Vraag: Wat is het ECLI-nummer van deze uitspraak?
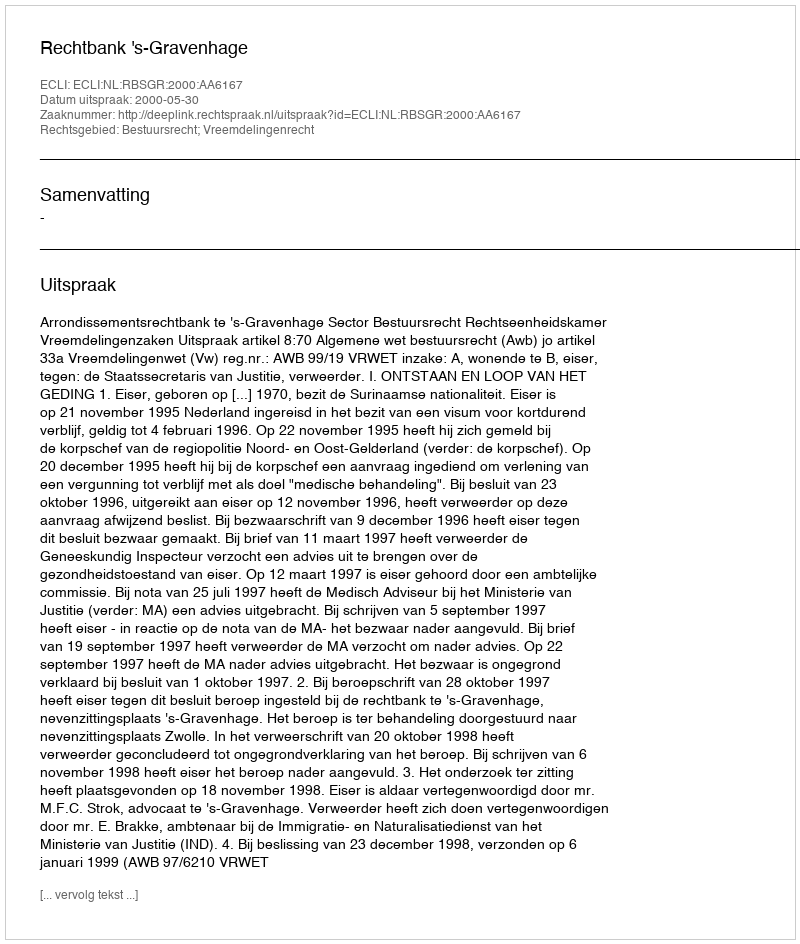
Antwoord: ECLI:NL:RBSGR:2000:AA6167